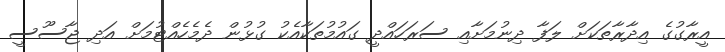
އީރާގުގެ އިދާރާތަކަށް ލަފާ ދިނުމަށާއި ސަރަހައްދީ ގައުމުތަކާއެކު ގުޅުން ދެމެހެއްޓުމަށް އަދި ޖާސޫސީ